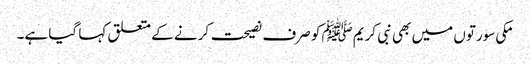
مکی سورتوں میں بھی نبی کریمﷺ کو صرف نصیحت کرنے کے متعلق کہا گیا ہے۔